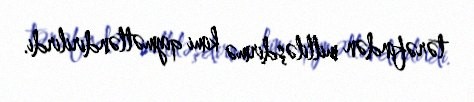
tərəfindən milliləşdirmə kimi qiymətləndirilirdi.